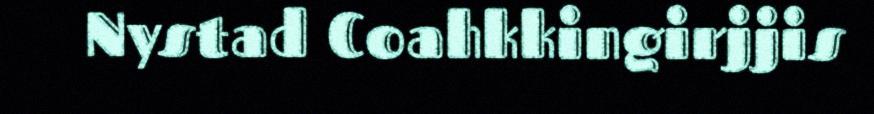
Nystad Coahkkingirjjis